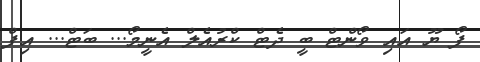
ފޯ ޔޫ އައި ވޯންޓް ބީ ދެޓް ކްރުއެލް އެނީމޯ... ބަޓް... އިފް